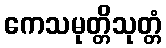
ကေသမုတ္တိသုတ္တံ